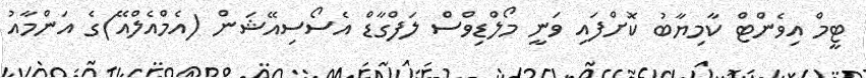
ޓީމް އިވެންޓް ކާމިޔާބު ކޮށްފައި ވަނީ މޯލްޑިވްސް ލަފްގާޑް އެސޯސިއޭޝަން (އެމްއެލްއޭ)ގެ އަންމާއު